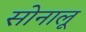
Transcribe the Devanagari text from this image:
सोनालू